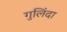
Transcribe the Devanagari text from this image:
गुलिंदा